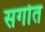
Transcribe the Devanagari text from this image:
सगोत